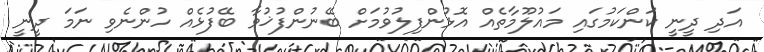
އަދި ދީނީ ކަންކަމުގައި މައުލޫމާތެއް އޮޅުންފިލުވުމަށް ބޭނުންފުޚުވާ ބޭފުޅެއް ހުންނެވި ނަަމަ ދީނީ